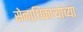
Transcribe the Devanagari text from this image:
सेनाधिकाऱ्यांच्या